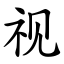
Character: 视